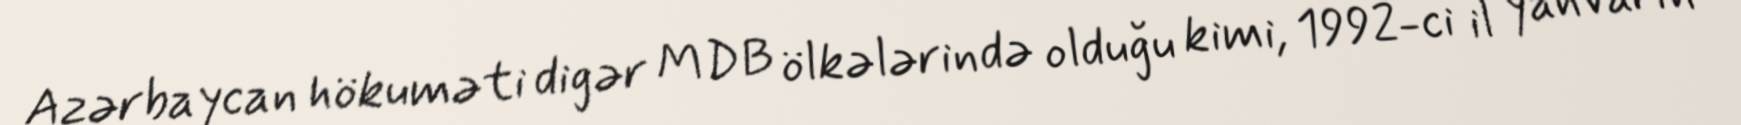
Azərbaycan hökuməti digər MDB ölkələrində olduğu kimi, 1992-ci il yanvarın